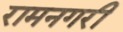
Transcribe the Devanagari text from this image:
रामनगरी